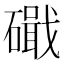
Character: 𥖙